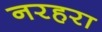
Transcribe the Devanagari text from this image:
नरहरा